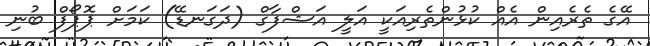
އޭގެ ތެރެއިން އެއް ކުޅުންތެރިއަކީ އަލީ އަޝްފާގް (ދަގަނޑޭ) ކަމަށް ޕޮޕޯފް ބުނި